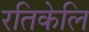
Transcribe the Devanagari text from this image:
रतिकेलि